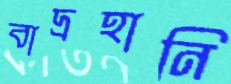
বাদ্রহানি